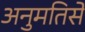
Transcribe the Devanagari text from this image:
अनुमतिसे